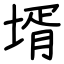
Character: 壻